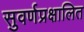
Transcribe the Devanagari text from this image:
सुवर्णप्रक्षालित